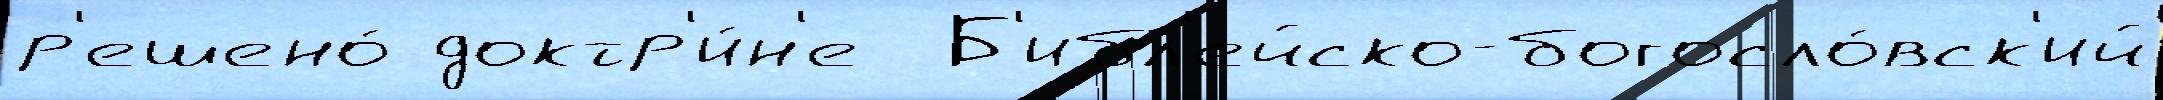
р'ешено́ доктр'и́н'е  Б'ибл'ейско-богосло́вск'ий